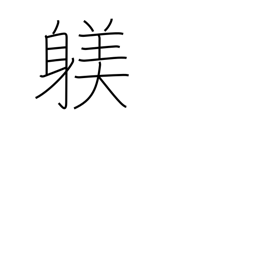
Meaning: training